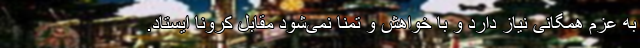
به عزم همگانی نیاز دارد و با خواهش و تمنا نمی‌شود مقابل کرونا ایستاد.